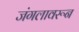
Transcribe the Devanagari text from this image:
जंगलावरून